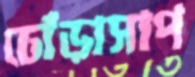
ঢোঁড়াসাপ